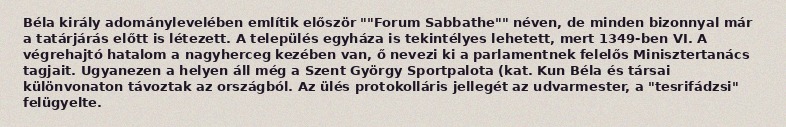
Béla király adománylevelében említik először ""Forum Sabbathe"" néven, de minden bizonnyal már a tatárjárás előtt is létezett. A település egyháza is tekintélyes lehetett, mert 1349-ben VI. A végrehajtó hatalom a nagyherceg kezében van, ő nevezi ki a parlamentnek felelős Minisztertanács tagjait. Ugyanezen a helyen áll még a Szent György Sportpalota (kat. Kun Béla és társai különvonaton távoztak az országból. Az ülés protokolláris jellegét az udvarmester, a "tesrifádzsi" felügyelte.